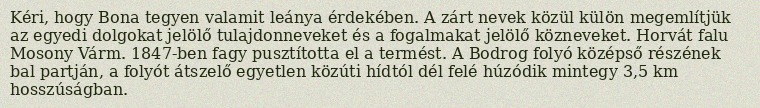
Kéri, hogy Bona tegyen valamit leánya érdekében. A zárt nevek közül külön megemlítjük az egyedi dolgokat jelölő tulajdonneveket és a fogalmakat jelölő közneveket. Horvát falu Mosony Várm. 1847-ben fagy pusztította el a termést. A Bodrog folyó középső részének bal partján, a folyót átszelő egyetlen közúti hídtól dél felé húzódik mintegy 3,5 km hosszúságban.